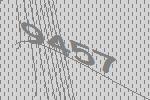
9457